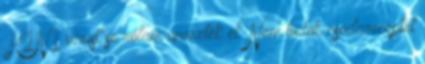
H1N1 vírust se rólam nevezték el. Nem tudok csodareceptet